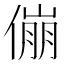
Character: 傰